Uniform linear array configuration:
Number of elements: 4
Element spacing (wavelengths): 0.75
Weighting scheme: blackman
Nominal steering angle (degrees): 0
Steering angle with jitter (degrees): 0.6011
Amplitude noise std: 0.05
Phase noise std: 0.05

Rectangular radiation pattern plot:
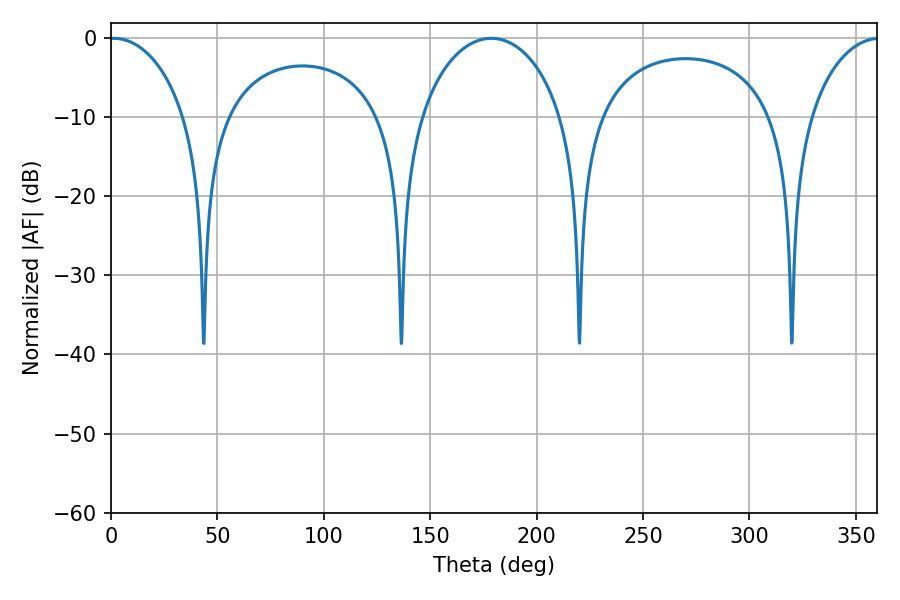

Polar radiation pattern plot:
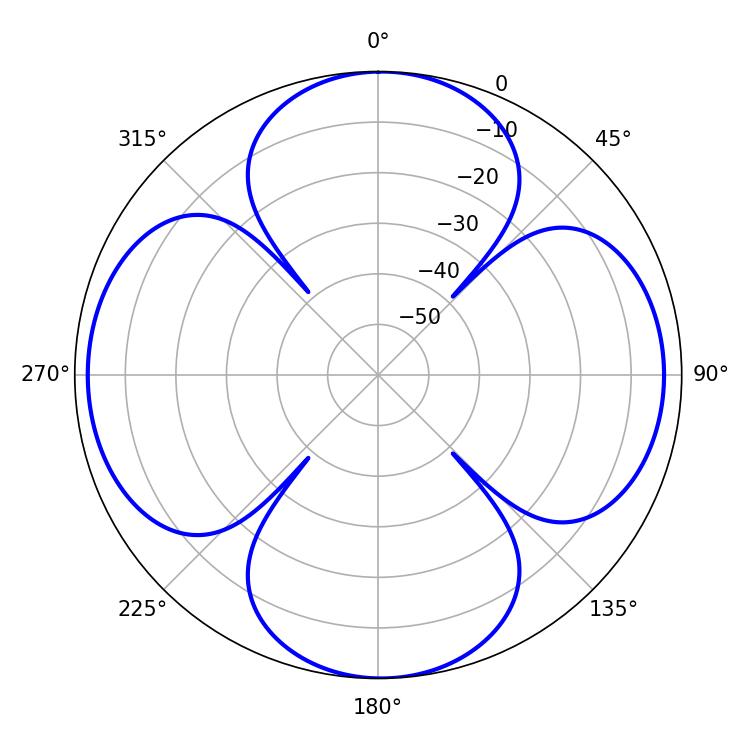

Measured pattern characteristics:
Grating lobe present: TRUE
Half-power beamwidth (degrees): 20.7
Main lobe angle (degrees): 1.26